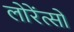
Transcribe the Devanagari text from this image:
लोरेंत्सों